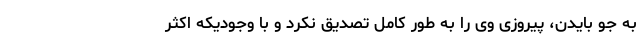
به جو بایدن، پیروزی وی را به طور کامل تصدیق نکرد و با وجودیکه اکثر